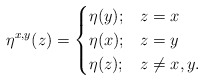
\begin{align*}\eta^{x,y}(z) =\begin{cases}\eta(y); & z=x\\\eta(x); & z = y\\\eta(z); & z \neq x,y.\end{cases}\end{align*}